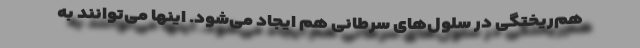
هم‌ریختگی در سلول‌های سرطانی هم ایجاد می‌شود. اینها می‌توانند به